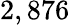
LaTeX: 2,876